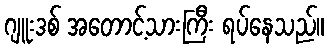
ဂျူးဒစ် အတောင့်သားကြီး ရပ်နေသည်။